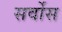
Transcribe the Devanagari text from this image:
सर्वोस